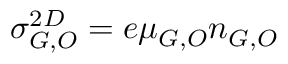
\sigma _ { G , O } ^ { 2 D } = e \mu _ { G , O } n _ { G , O }